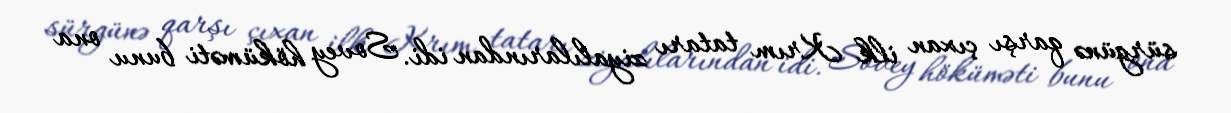
sürgünə qarşı çıxan ilk Krım tatarı ziyalılarından idi. Sovey höküməti bunu ona